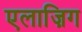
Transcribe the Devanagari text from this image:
एलाज़िग